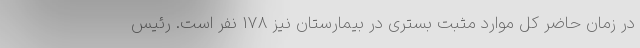
در زمان حاضر کل موارد مثبت بستری در بیمارستان نیز 178 نفر است. رئیس